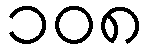
၁၀၈